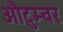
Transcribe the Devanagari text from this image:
औटुम्वर